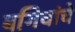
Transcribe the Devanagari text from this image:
बगिचांचे